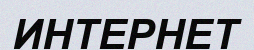
ИНТЕРНЕТ